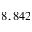
8 , 8 4 2